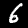
Label: 6